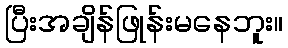
ပြီးအချိန်ဖြုန်းမနေဘူး။